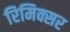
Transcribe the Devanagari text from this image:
रिमिक्सर